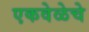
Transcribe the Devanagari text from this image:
एकवेळेचे